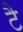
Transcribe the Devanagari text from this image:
टै